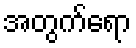
အတွက်ရော